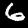
Digit: 6